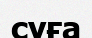
суға